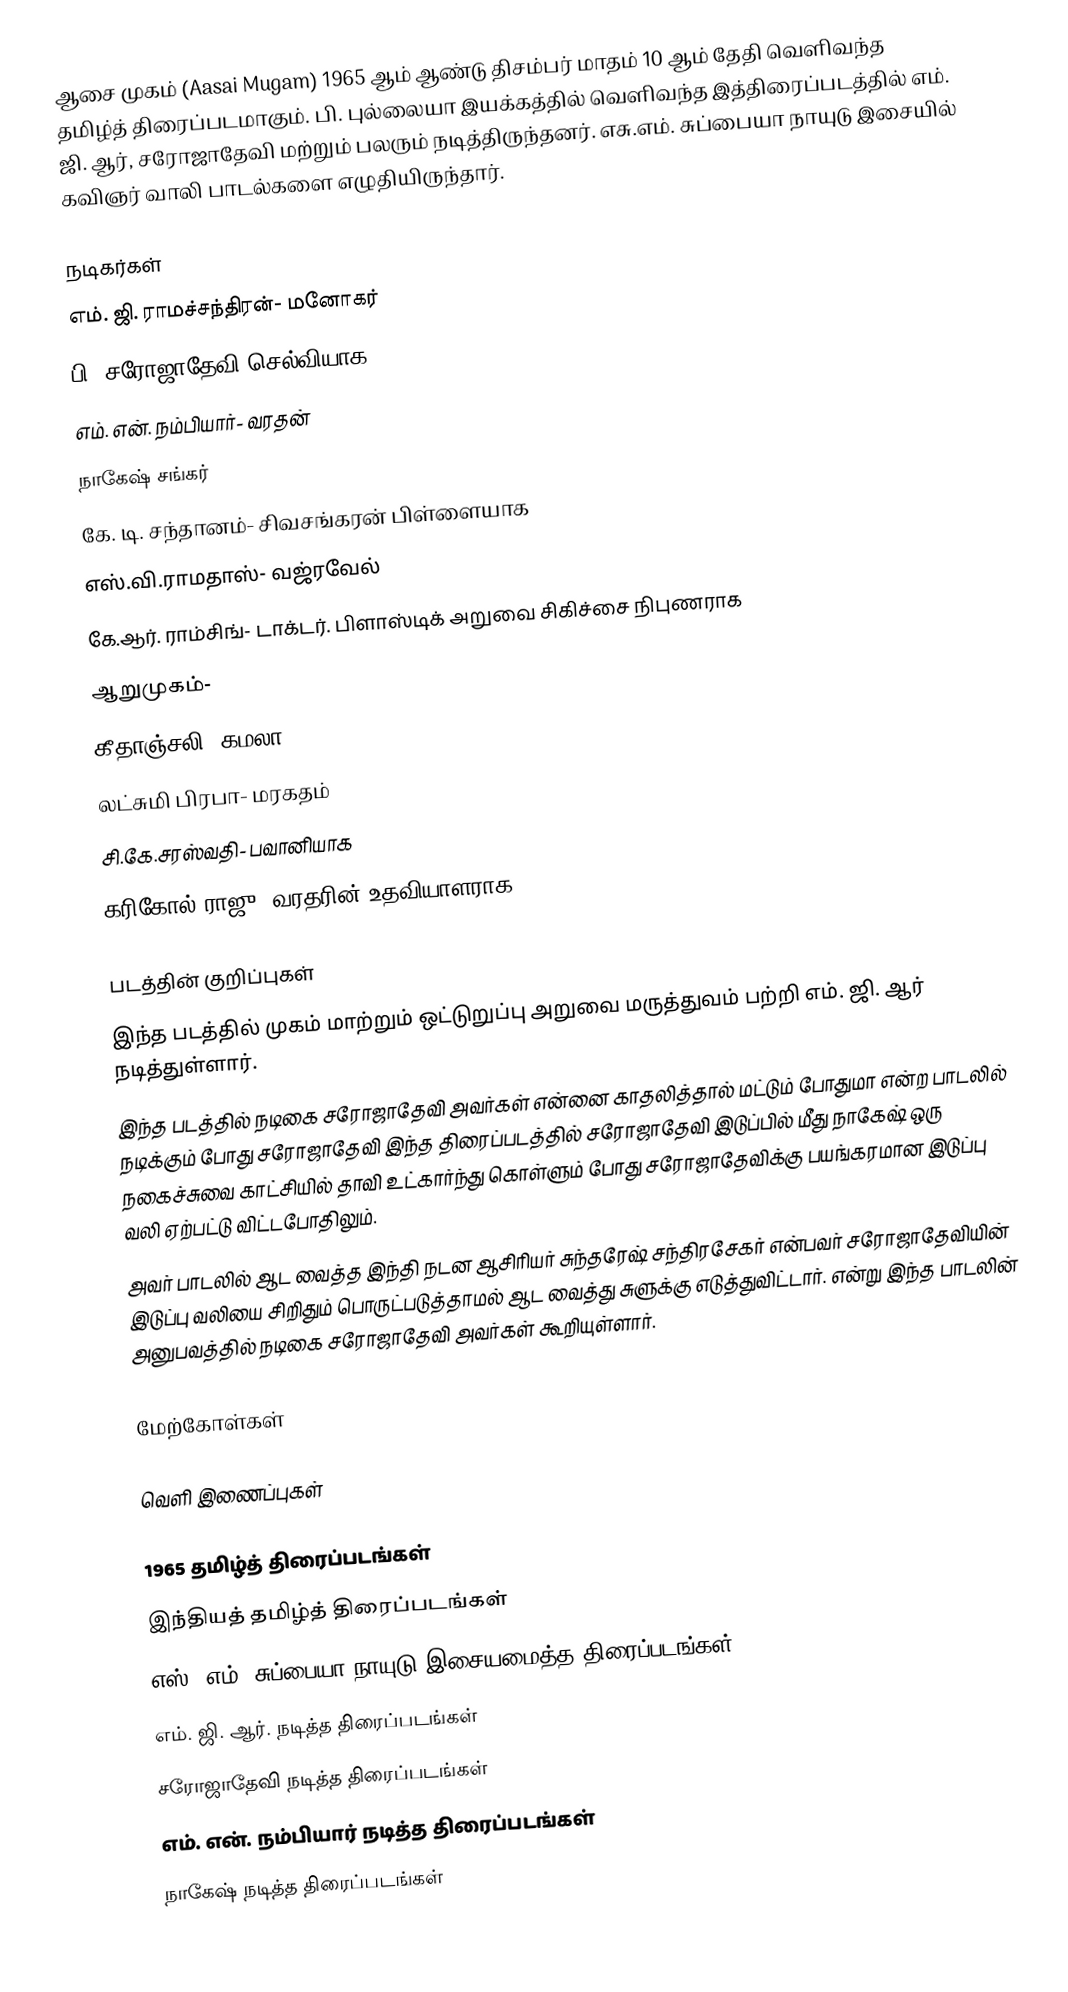
ஆசை முகம் (Aasai Mugam) 1965 ஆம் ஆண்டு திசம்பர் மாதம் 10 ஆம் தேதி வெளிவந்த தமிழ்த் திரைப்படமாகும். பி. புல்லையா இயக்கத்தில் வெளிவந்த இத்திரைப்படத்தில் எம். ஜி. ஆர், சரோஜாதேவி மற்றும் பலரும் நடித்திருந்தனர். எசு.எம். சுப்பையா நாயுடு இசையில் கவிஞர் வாலி பாடல்களை எழுதியிருந்தார்.

நடிகர்கள்
 எம். ஜி. ராமச்சந்திரன்- மனோகர்
 பி. சரோஜாதேவி செல்வியாக
 எம். என். நம்பியார்- வரதன்
 நாகேஷ் சங்கர்
 கே. டி. சந்தானம்- சிவசங்கரன் பிள்ளையாக
 எஸ்.வி.ராமதாஸ்- வஜ்ரவேல்
 கே.ஆர். ராம்சிங்- டாக்டர். பிளாஸ்டிக் அறுவை சிகிச்சை நிபுணராக
 ஆறுமுகம்-
 கீதாஞ்சலி- கமலா
 லட்சுமி பிரபா- மரகதம்
 சி.கே.சரஸ்வதி- பவானியாக
 கரிகோல் ராஜு- வரதரின் உதவியாளராக

படத்தின் குறிப்புகள்
 இந்த படத்தில் முகம் மாற்றும் ஒட்டுறுப்பு அறுவை மருத்துவம் பற்றி எம். ஜி. ஆர் நடித்துள்ளார்.
 இந்த படத்தில் நடிகை சரோஜாதேவி அவர்கள் என்னை காதலித்தால் மட்டும் போதுமா என்ற பாடலில் நடிக்கும் போது சரோஜாதேவி இந்த திரைப்படத்தில் சரோஜாதேவி இடுப்பில் மீது நாகேஷ் ஒரு நகைச்சுவை காட்சியில் தாவி உட்கார்ந்து கொள்ளும் போது சரோஜாதேவிக்கு பயங்கரமான இடுப்பு வலி ஏற்பட்டு விட்டபோதிலும்.
 அவர் பாடலில் ஆட வைத்த இந்தி நடன ஆசிரியர் சுந்தரேஷ் சந்திரசேகர் என்பவர் சரோஜாதேவியின் இடுப்பு வலியை சிறிதும் பொருட்படுத்தாமல் ஆட வைத்து சுளுக்கு எடுத்துவிட்டார். என்று இந்த பாடலின் அனுபவத்தில் நடிகை சரோஜாதேவி அவர்கள் கூறியுள்ளார்.

மேற்கோள்கள்

வெளி இணைப்புகள்

1965 தமிழ்த் திரைப்படங்கள்
இந்தியத் தமிழ்த் திரைப்படங்கள்
எஸ். எம். சுப்பையா நாயுடு இசையமைத்த திரைப்படங்கள்
எம். ஜி. ஆர். நடித்த திரைப்படங்கள்
சரோஜாதேவி நடித்த திரைப்படங்கள்
எம். என். நம்பியார் நடித்த திரைப்படங்கள்
நாகேஷ் நடித்த திரைப்படங்கள்